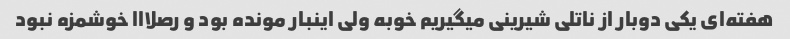
هفته‌ای یکی دوبار از ناتلی شیرینی میگیریم خوبه ولی اینبار مونده بود و رصلااا خوشمزه نبود